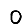
Digit: 0